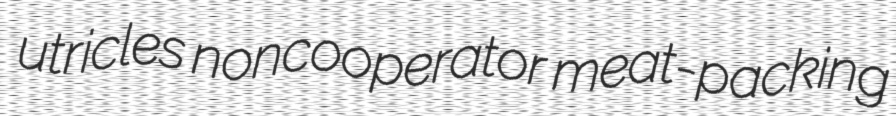
utricles noncooperator meat-packing